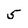
Character: 5